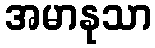
အမာနုသာ